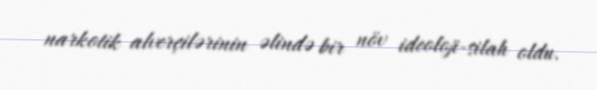
narkotik alverçilərinin əlində bir növ ideoloji-silah oldu.